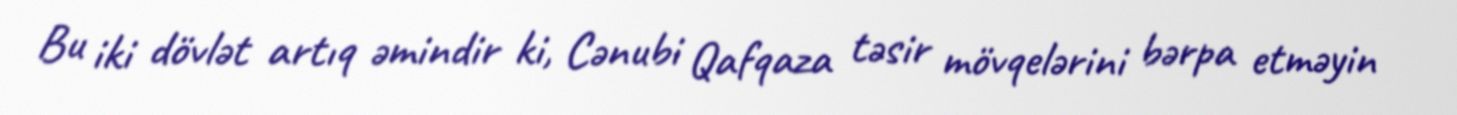
Bu iki dövlət artıq əmindir ki, Cənubi Qafqaza təsir mövqelərini bərpa etməyin